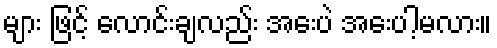
များ ဖြင့် လောင်းချလည်း အေးပဲ အေးပါ့မလား။